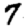
Digit: 7